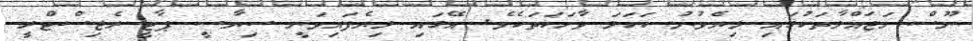
ނޫސް މަޖައްލާތަކުގައި ލިޔެވުނު ކަހަލަ ވާހަކަތަކެވެ. އޭގައި ލިޔެފައިވަނީ ސިޔާސީ ޕާޓީ ރެޖިސްޓްރީ